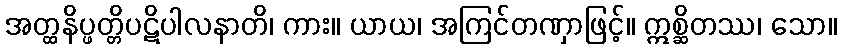
အတ္ထနိပ္ဖတ္တိပဋိပါလနာတိ၊ ကား။ ယာယ၊ အကြင်တဏှာဖြင့်။ ဣစ္ဆိတဿ၊ သော။